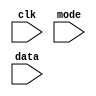
module test(clk, mode, data);
  input clk, mode, data;

  reg ntfr;

  specify
    $setuphold (posedge clk &&&  mode, data, 1, 1, ntfr);
    $setuphold (negedge clk &&& !mode, data, 1, 1, ntfr);
  endspecify
endmodule